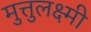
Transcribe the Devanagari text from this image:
मुत्तुलक्ष्मी